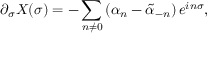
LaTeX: \partial _ { \sigma } X ( \sigma ) = - \sum _ { n \ne 0 } \left( \alpha _ { n } - \tilde { \alpha } _ { - n } \right) e ^ { i n \sigma } ,